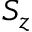
S _ { z }